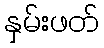
နှမ်းဖတ်